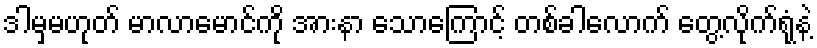
ဒါမှမဟုတ် မာလာမောင်ကို အားနာ သောကြောင့် တစ်ခါလောက် တွေ့လိုက်ရုံနဲ့